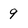
Character: 9